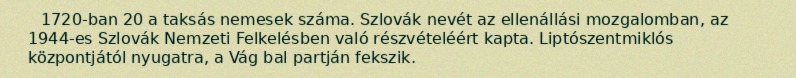
1720-ban 20 a taksás nemesek száma. Szlovák nevét az ellenállási mozgalomban, az 1944-es Szlovák Nemzeti Felkelésben való részvételéért kapta. Liptószentmiklós központjától nyugatra, a Vág bal partján fekszik.